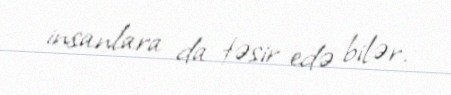
insanlara da təsir edə bilər.